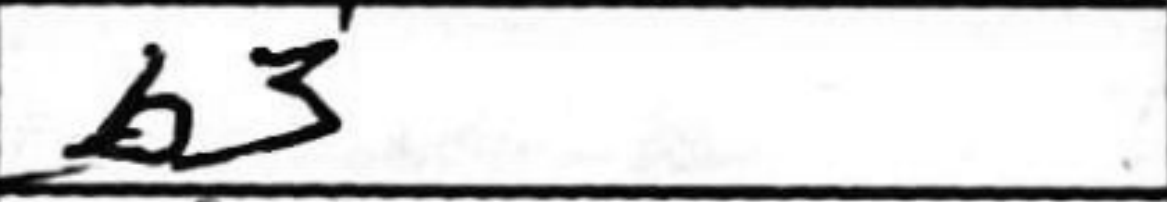
Transcription: b3